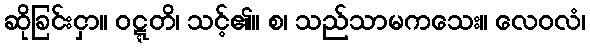
ဆိုခြင်းငှာ။ ဝဋ္ဋတိ၊ သင့်၏။ စ၊ သည်သာမကသေး။ လေဝလံ၊